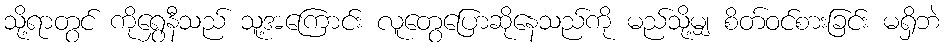
သို့ရာတွင် ကိုရွှေနီသည် သူ့အကြောင်း လူတွေပြောဆိုနေသည်ကို မည်သို့မျှ စိတ်ဝင်စားခြင်း မရှိဘဲ